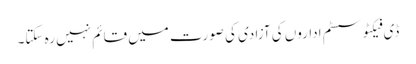
ڈی فیکٹو سسٹم اداروں کی آزادی کی صورت میں قائم نہیں رہ سکتا۔